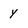
Character: y